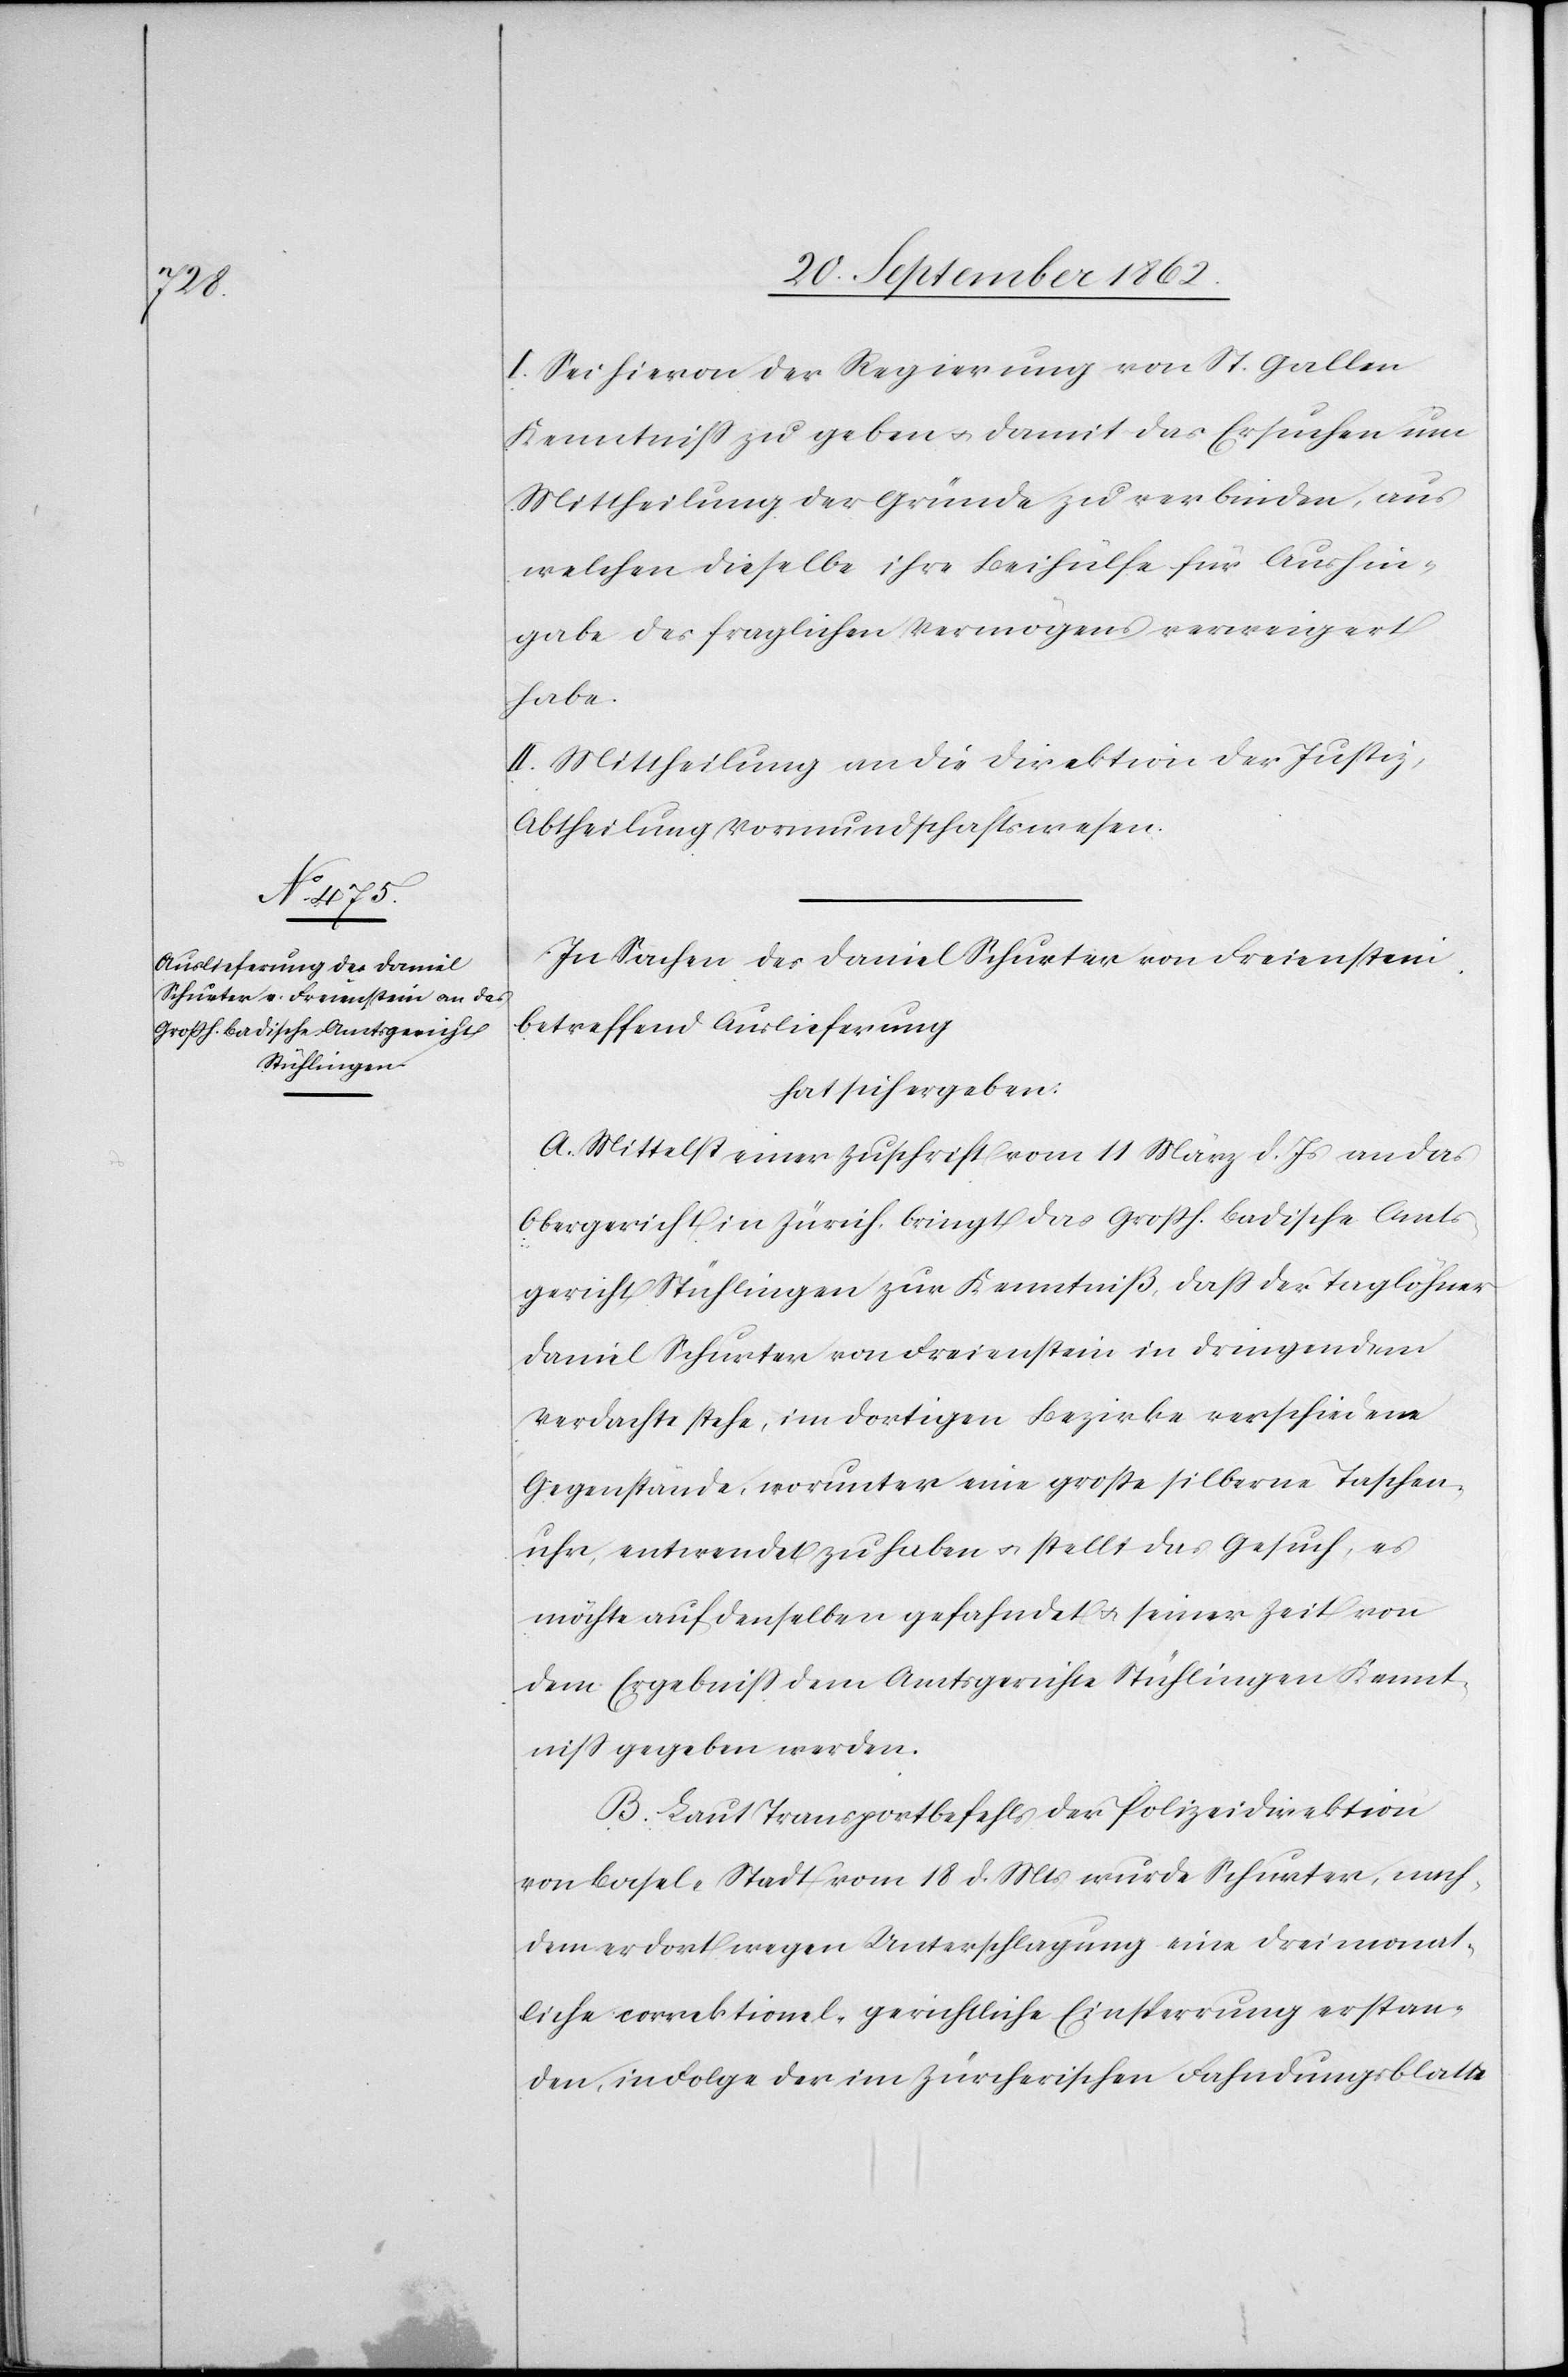
I. Sei hievon der Regierung von St. Gallen
Kenntniß zu geben u. damit das Ersuchen um
Mittheilung der Gründe zu verbinden, aus
welchen dieselbe ihre Beihülfe für Aushin¬
gabe des fraglichen Vermögens verweigert
habe.
II. Mittheilung an die Direktion der Justiz,
Abtheilung Vormundschaftswesen.
In Sachen des Daniel Schurter von Freienstein
betreffend Auslieferung
hat sich ergeben:
A. Mittelst einer Zuschrift vom 11. März d. Js. an das
Obergericht in Zürich, bringt das Großh. Badische Amts¬
gericht Stühlingen zur Kenntniß, daß der Taglöhner
Daniel Schurter von Freienstein in dringendem
Verdacht stehe, im dortigen Bezirke verschiedene
Gegenstände, worunter eine große silberne Taschen¬
uhr, entwendet zu haben u. stellt das Gesuch, es
möchte auf denselben gefahndet u. seiner Zeit von
dem Ergebniß dem Amtsgerichte Stühlingen Kennt¬
niß gegeben werden.
B. Laut Transportbefehls der Polizeidirektion
von Basel-Stadt vom 18. d. Mts. wurde Schurter, nach¬
dem er dort wegen Unterschlagung eine dreimonat¬
liche correktionel-gerichtliche Einsperrung erstan¬
den, in Folge der im Zürcherischen Fahndungsblatte